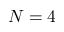
N = 4